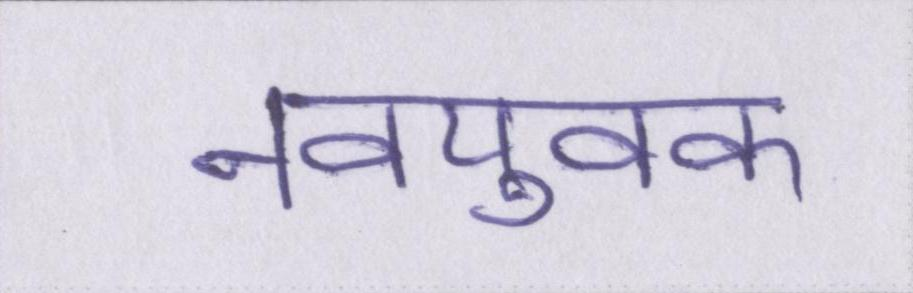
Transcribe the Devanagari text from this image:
नवयुवक